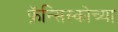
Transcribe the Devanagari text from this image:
फ्रॅन्सिस्कोच्या